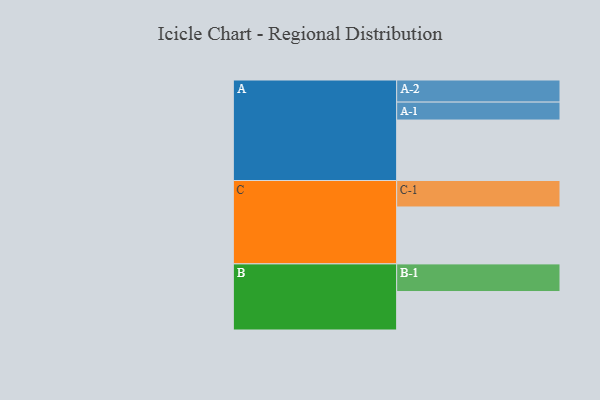
{"axis": {"x": "Segment", "y": "Value"}, "legend": ["", "A", "B", "C"], "data": [{"x": "A", "y": 580, "type": ""}, {"x": "B", "y": 369, "type": ""}, {"x": "C", "y": 546, "type": ""}, {"x": "A-1", "y": 172, "type": "A"}, {"x": "A-2", "y": 212, "type": "A"}, {"x": "B-1", "y": 265, "type": "B"}, {"x": "C-1", "y": 254, "type": "C"}]}